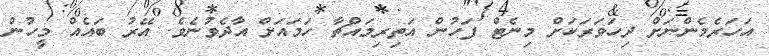
އަހަރެމެންނަށް ދިހަވަރަކަށް މިނެޓް ފަހުން އަތިރިމައްޗާ ހަމައަށް އާދެވުނެވެ. އޭރު ބައެއް މީހުން